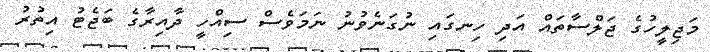
މަޖިލީހުގެ ޖަލްސާތައް އަދި ހިނގައި ނުގަނެވުނު ނަމަވެސް ސިއްހީ ދާއިރާގެ ބަޖެޓު އިތުރު